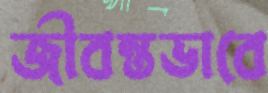
জীবন্তভাবে